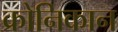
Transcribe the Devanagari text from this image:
क्रोनिकान